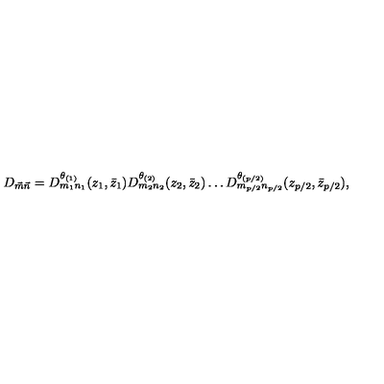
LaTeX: D _ { \vec { m } \vec { n } } = D _ { m _ { 1 } n _ { 1 } } ^ { \theta _ { ( 1 ) } } ( z _ { 1 } , \bar { z } _ { 1 } ) D _ { m _ { 2 } n _ { 2 } } ^ { \theta _ { ( 2 ) } } ( z _ { 2 } , \bar { z } _ { 2 } ) \dots D _ { m _ { p / 2 } n _ { p / 2 } } ^ { \theta _ { ( p / 2 ) } } ( z _ { p / 2 } , \bar { z } _ { p / 2 } ) ,